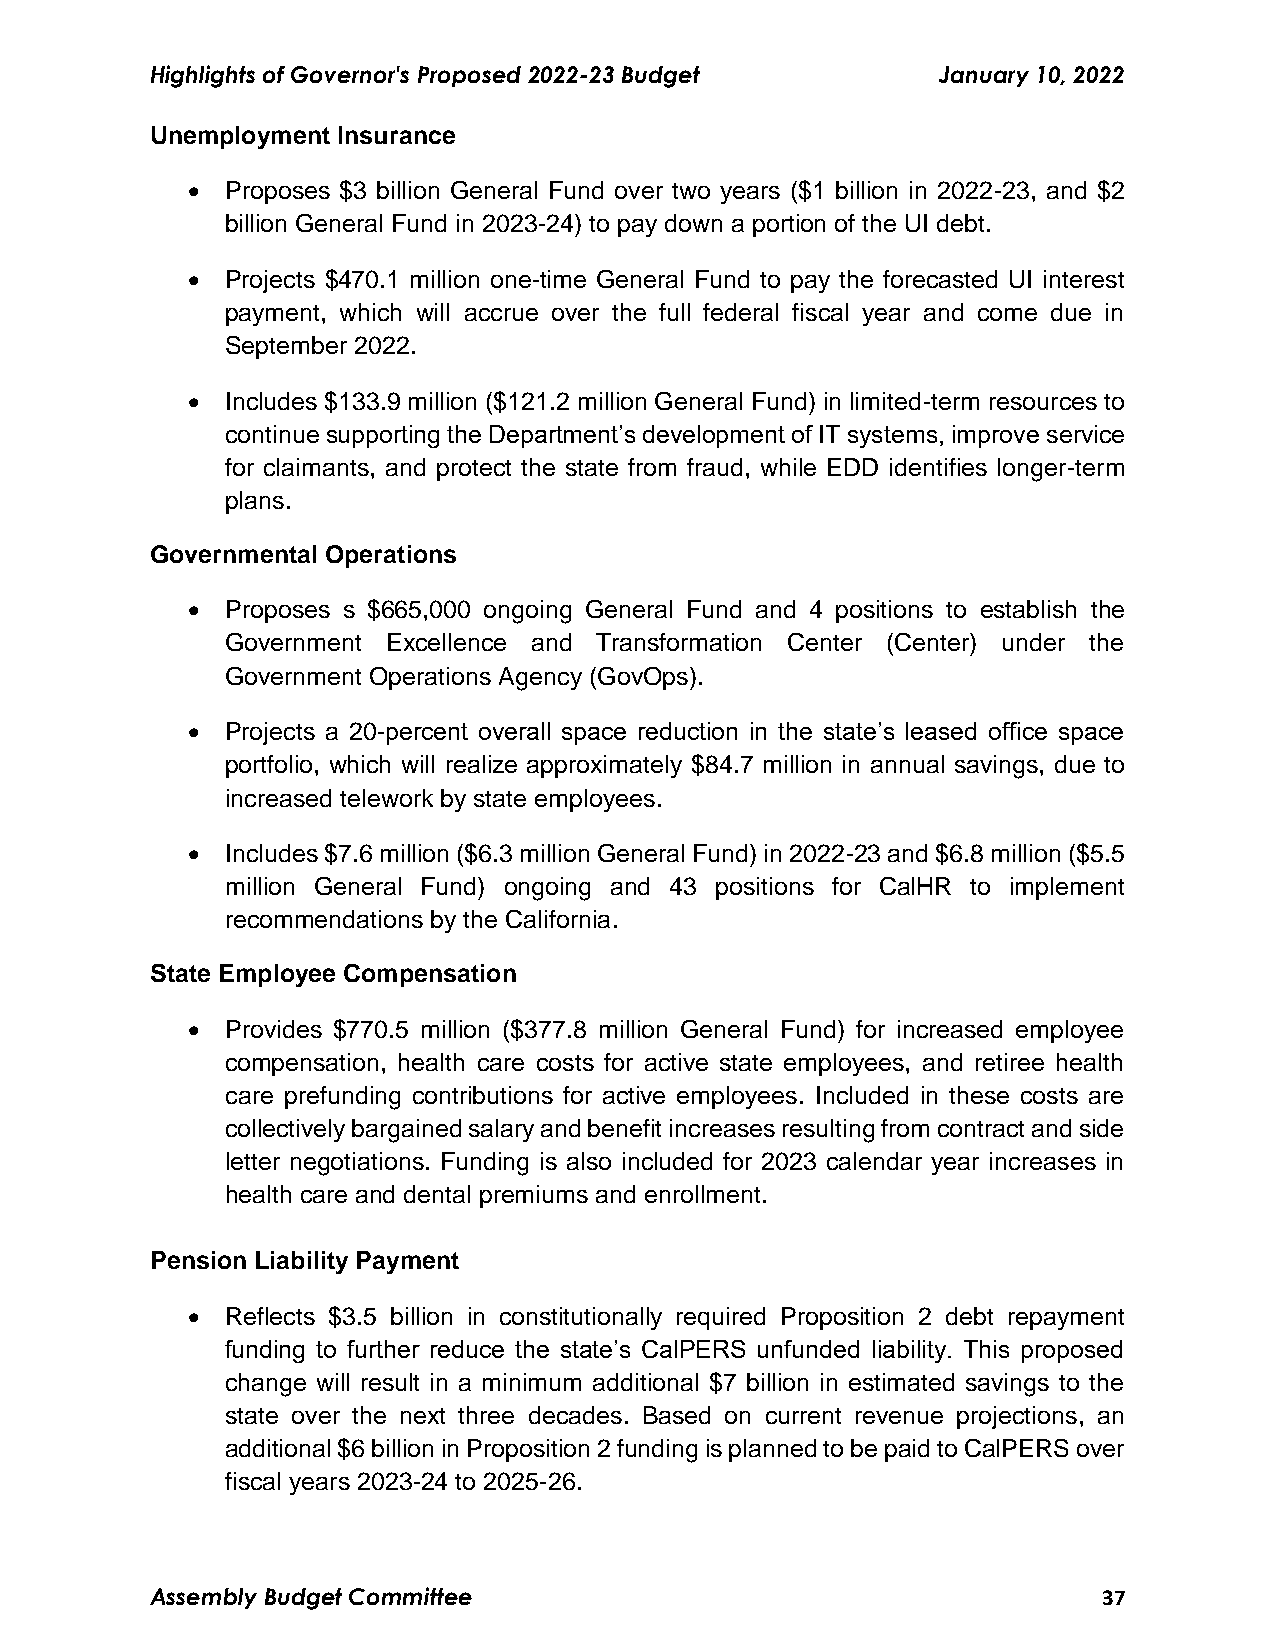
Highlights of Governor's Proposed 2022-23 Budget    January 10, 2022
 Unemployment Insurance
   Proposes $3 billion General Fund over two years ($1 billion in 2022-23, and $2
 billion General Fund in 2023-24) to pay down a portion of the UI debt.
   Projects $470.1 million one-time General Fund to pay the forecasted UI interest
 payment, which will accrue over the full federal fiscal year and come due in
 September 2022.
   Includes $133.9 million ($121.2 million General Fund) in limited-term resources to
 continue supporting the Department’s development of IT systems, improve service
 for claimants, and protect the state from fraud, while EDD identifies longer-term
 plans.
 Governmental Operations
   Proposes s $665,000 ongoing General Fund and 4 positions to establish the
 Government Excellence and Transformation Center (Center) under the
 Government Operations Agency (GovOps).
   Projects a 20-percent overall space reduction in the state’s leased office space
 portfolio, which will realize approximately $84.7 million in annual savings, due to
 increased telework by state employees.
   Includes $7.6 million ($6.3 million General Fund) in 2022-23 and $6.8 million ($5.5
 million General Fund) ongoing and 43 positions for CalHR to implement
 recommendations by the California.
 State Employee Compensation
   Provides $770.5 million ($377.8 million General Fund) for increased employee
 compensation, health care costs for active state employees, and retiree health
 care prefunding contributions for active employees. Included in these costs are
 collectively bargained salary and benefit increases resulting from contract and side
 letter negotiations. Funding is also included for 2023 calendar year increases in
 health care and dental premiums and enrollment.
 Pension Liability Payment
   Reflects $3.5 billion in constitutionally required Proposition 2 debt repayment
 funding to further reduce the state’s CalPERS unfunded liability. This proposed
 change will result in a minimum additional $7 billion in estimated savings to the
 state over the next three decades. Based on current revenue projections, an
 additional $6 billion in Proposition 2 funding is planned to be paid to CalPERS over
 fiscal years 2023-24 to 2025-26.
 Assembly Budget Committee                                      37